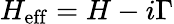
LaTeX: H_{\mathrm{eff}}=H-i\Gamma